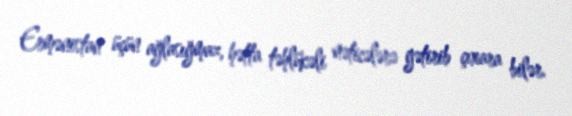
Ermənistan üçün ağlasığmaz, hətta təhlükəli nəticələrə gətirib çıxara bilər.